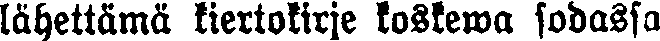
lähettämä kiertokirje koskewa sodassa